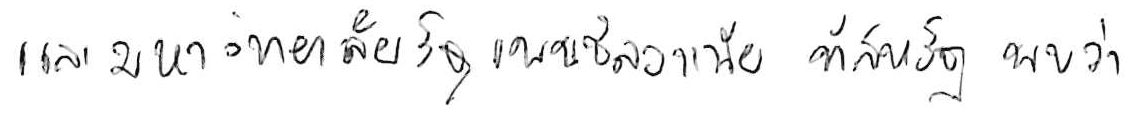
และมหาวิทยาลัยรัฐเพนซิลวาเนีย ที่สหรัฐ พบว่า